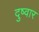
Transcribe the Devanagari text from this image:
दुष्वार